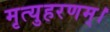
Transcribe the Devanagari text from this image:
मृत्युहरणम्‌।